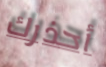
أحذرك